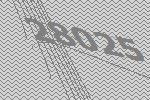
28025